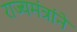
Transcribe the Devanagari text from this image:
राज्यमंत्रांने